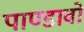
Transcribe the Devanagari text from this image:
पाण्डावों